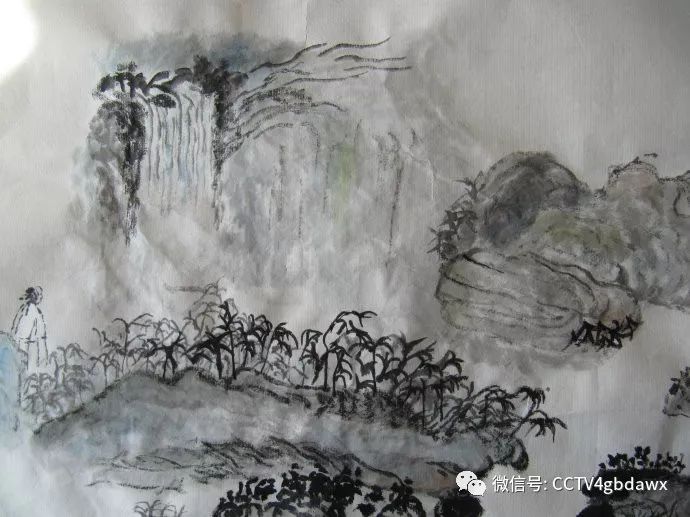
十二阑干，故国三千里。